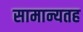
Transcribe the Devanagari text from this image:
सामान्यतह